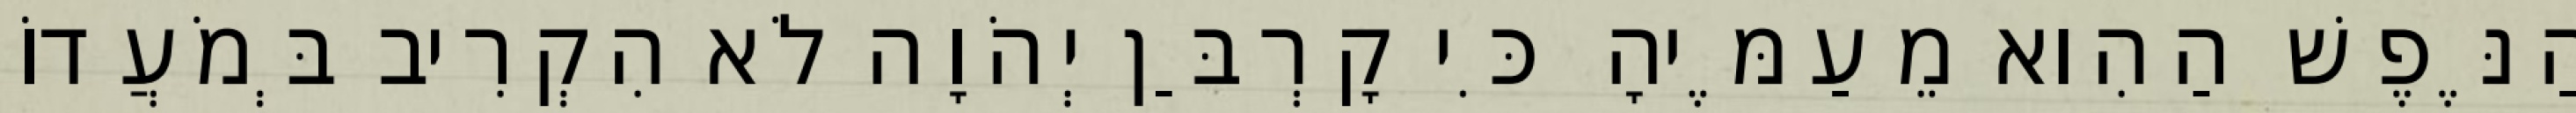
הַנֶּפֶשׁ הַהִוא מֵעַמֶּיהָ כִּי קָרְבַּן יְהֹוָה לֹא הִקְרִיב בְּמֹעֲדוֹ